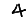
Digit: 4